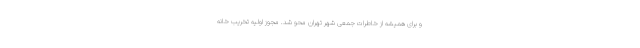
و برای همیشه از خاطرات جمعی شهر تهران محو شد. مجوز اولیه تخریب خانه